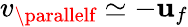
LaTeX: v_{\parallelf}\simeq-\mathbf{u}_{f}